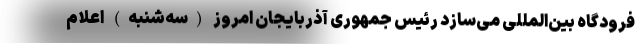
فرودگاه بین‌المللی می‌سازد رئیس جمهوری آذربایجان امروز (سه‌شنبه) اعلام